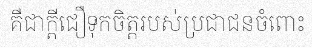
គឺជាក្តីជឿទុកចិត្តរបស់ប្រជាជនចំពោះ